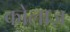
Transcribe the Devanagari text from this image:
कोलाज़